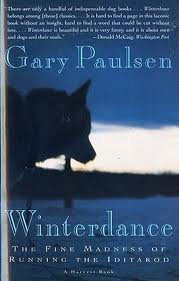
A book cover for by Gary Paulsen Winterdance: The Fine Madness of Running the Iditarod(text only) [Paperback]1995; Gary Paulsen; Sports & Outdoors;